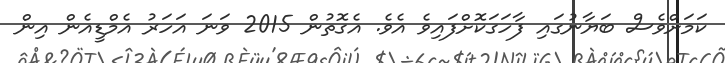
ކަމަށްވެސް ބަޔާނުގައި ފާހަގަކޮށްފައިވެ އެވެ. އެގޮތުން 2015 ވަނަ އަހަރު އެމްޑީއެން އިން